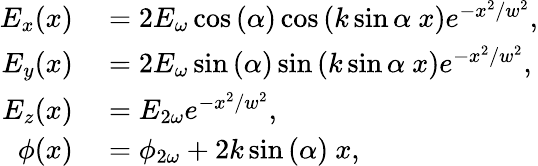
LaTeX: \begin{array}{rl}{E_{x}(x)}&{{}=2E_{\omega}\cos{(\alpha)}\cos{\left(k\sin{\alpha}\ x\right)}e^{-x^{2}/w^{2}},}\\ {E_{y}(x)}&{{}=2E_{\omega}\sin{(\alpha)}\sin{\left(k\sin{\alpha}\ x\right)}e^{-x^{2}/w^{2}},}\\ {E_{z}(x)}&{{}=E_{2\omega}e^{-x^{2}/w^{2}},}\\ {\phi(x)}&{{}=\phi_{2\omega}+2k\sin{(\alpha)}\ x,}\end{array}